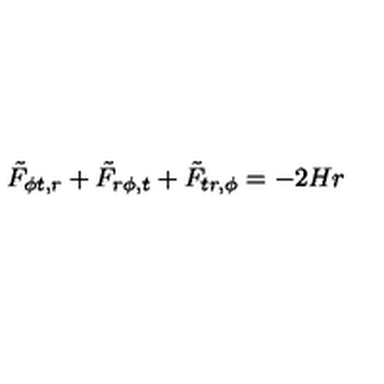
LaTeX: { \tilde { F } } _ { \phi t , r } + { \tilde { F } } _ { r \phi , t } + { \tilde { F } } _ { t r , \phi } = - 2 H r